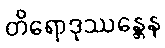
တိရောဒုဿန္တေန